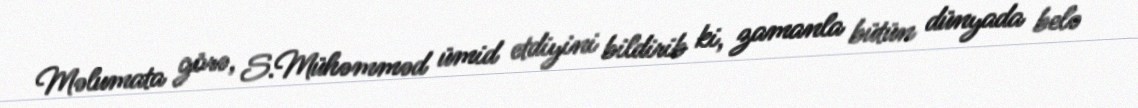
Məlumata görə, S.Mühəmməd ümid etdiyini bildirib ki, zamanla bütün dünyada belə